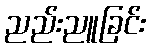
ညည်းညူခြင်း